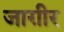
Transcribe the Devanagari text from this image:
जाग़ीर